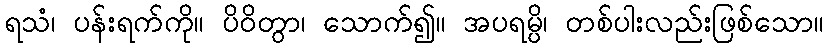
ရသံ၊ ပန်းရက်ကို။ ပိဝိတွာ၊ သောက်၍။ အပရမ္ပိ၊ တစ်ပါးလည်းဖြစ်သော။